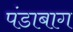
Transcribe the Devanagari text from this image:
पंडाबाग